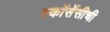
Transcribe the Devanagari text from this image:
स्कॉर्सेसीची